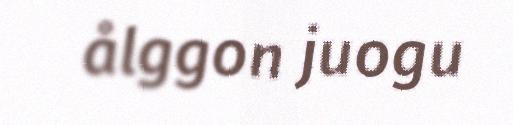
ålggon juogu